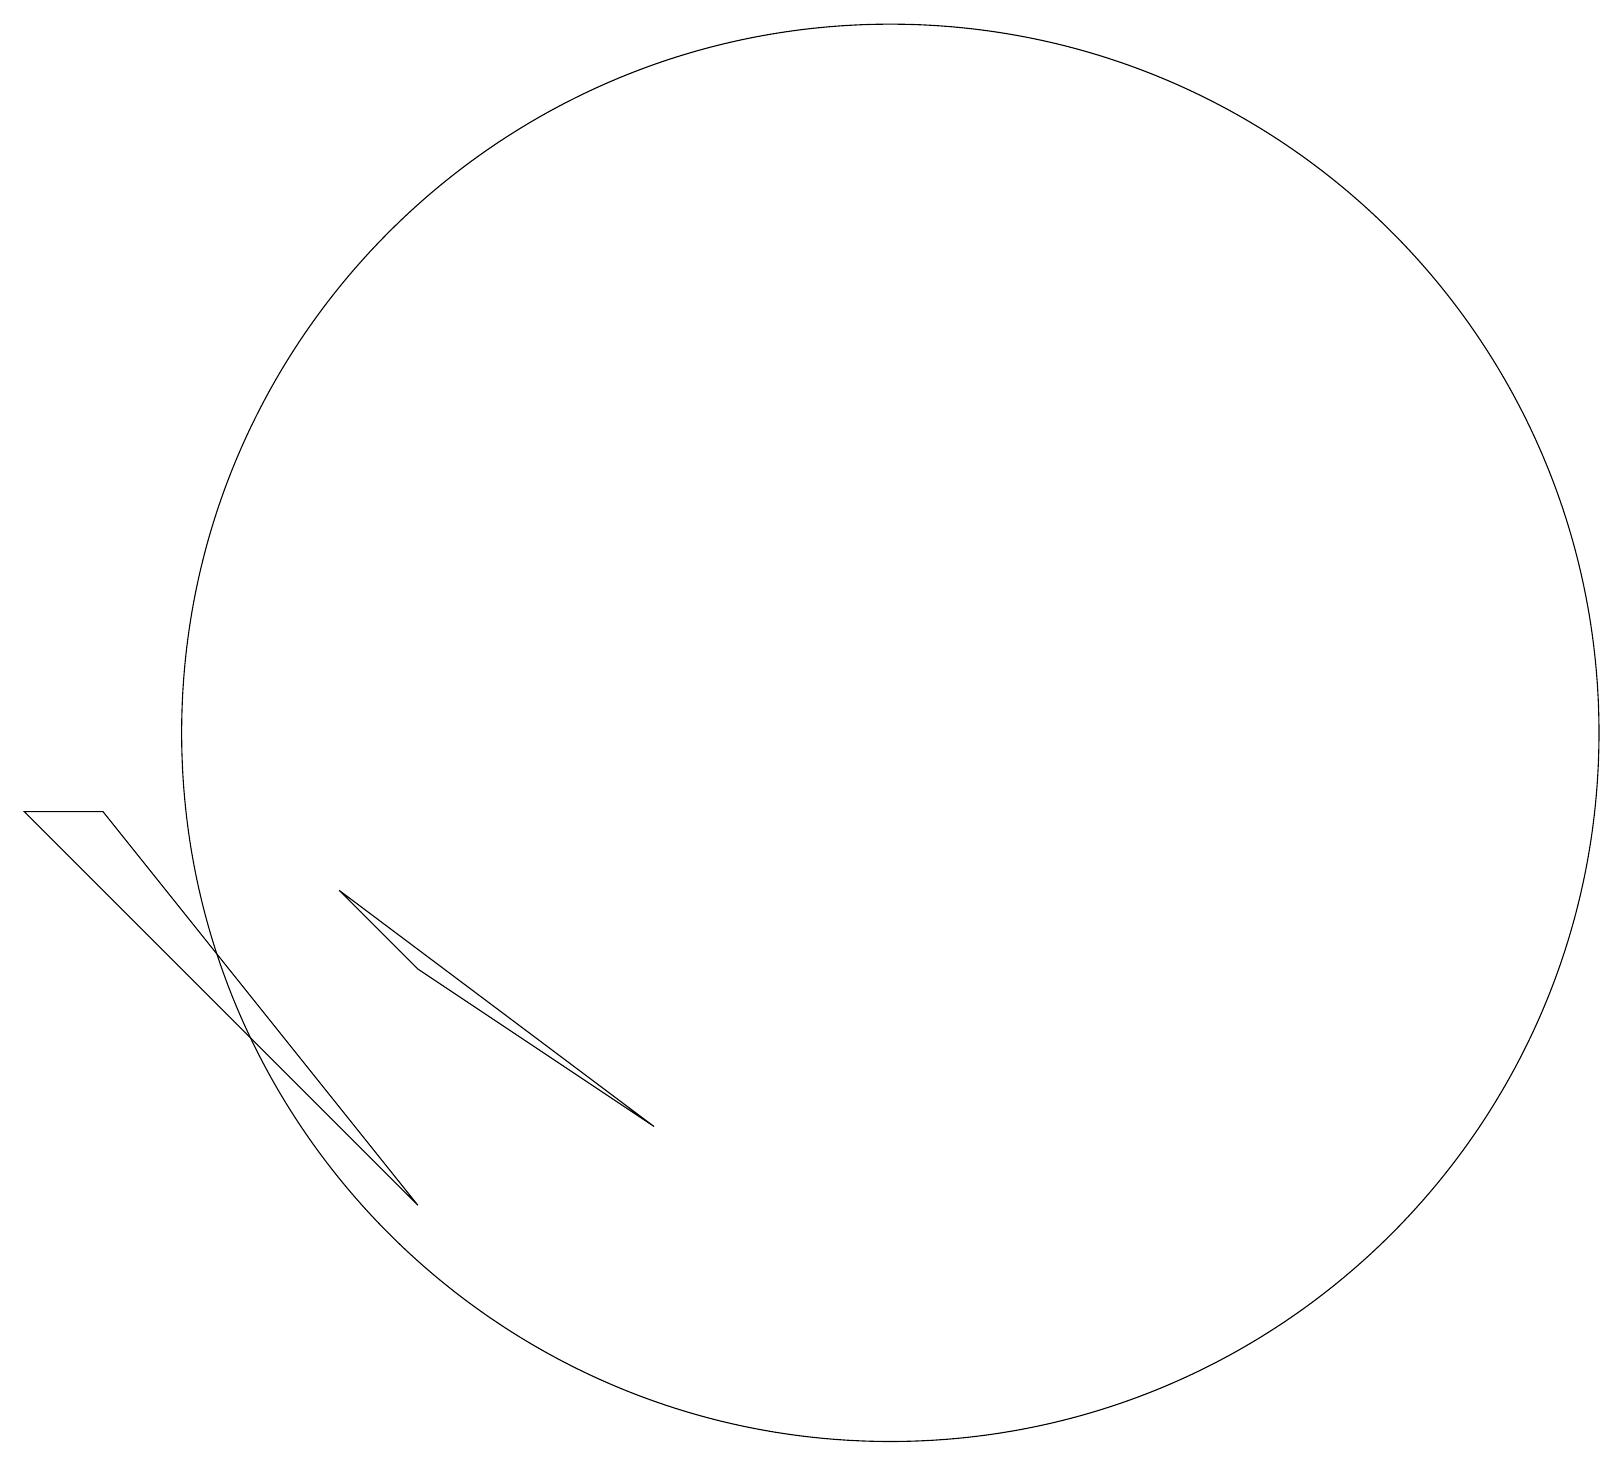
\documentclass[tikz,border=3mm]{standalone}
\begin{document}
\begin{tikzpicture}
\draw (5,4) -- (1,9) -- (0,9) -- cycle;
\draw (5,7) -- (8,5) -- (4,8) -- cycle;
\draw (11,10) circle (9);
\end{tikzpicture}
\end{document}